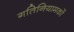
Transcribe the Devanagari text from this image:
गतिनियामकों